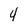
Character: 4